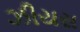
ઝીયસ